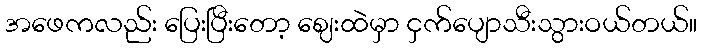
အဖေကလည်း ပြေးပြီးတော့ ဈေးထဲမှာ ငှက်ပျောသီးသွားဝယ်တယ်။